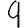
Digit: 9